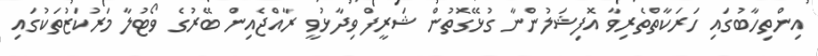
އިންތިހާބުގައި ހަރަކާތްތެރިވާ އޮފިޝަލުންނާ ގުޅޭގޮތުން ޝަރީފް ވިދާޅުވީ ރާއްޖެއިން ބޭރުގެ ވޯޓުލާ މަރުކަޒުތަކުގައި